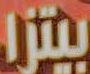
بيتزا